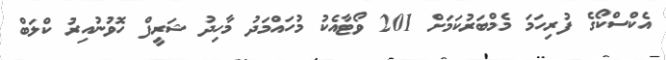
އެކްސްކޯގެ ފުރިހަމަ މެމްބަރުކަމަށް 201 ވޯޓާއެކު މުހައްމަދު މާހިދު ޝަރީފް ހޮވުނުއިރު ކްލަބް